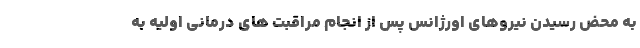
به محض رسیدن نیروهای اورژانس پس از انجام مراقبت های درمانی اولیه به